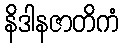
နိဒါနဇာတိကံ